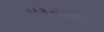
પરનાળા